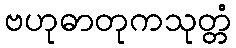
ဗဟုဓာတုကသုတ္တံ